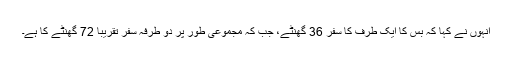
انہوں نے کہا کہ بس کا ایک طرف کا سفر 36 گھنٹے، جب کہ مجموعی طور پر دو طرفہ سفر تقریبا 72 گھنٹے کا ہے۔